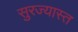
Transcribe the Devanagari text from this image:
सुरज्यास्त